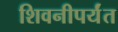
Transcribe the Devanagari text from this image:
शिवनीपर्यंत